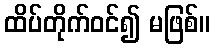
ထိပ်တိုက်ဝင်၍ မဖြစ်။